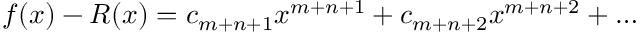
f ( x ) - R ( x ) = c _ { m + n + 1 } x ^ { m + n + 1 } + c _ { m + n + 2 } x ^ { m + n + 2 } + \dots